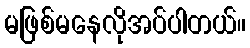
မဖြစ်မနေလိုအပ်ပါတယ်။